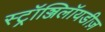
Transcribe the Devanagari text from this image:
स्ट्रॉञ्जिलॉयडीज़